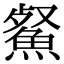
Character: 䱗